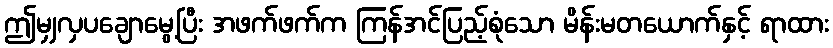
ဤမျှလှပချောမွေ့ပြီး အဖက်ဖက်က ကြန်အင်ပြည့်စုံသော မိန်းမတယောက်နှင့် ရာထား